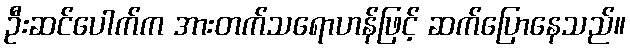
ဦးဆင်ပေါက်က အားတက်သရောဟန်ဖြင့် ဆက်ပြောနေသည်။